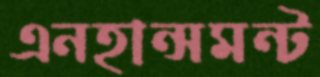
এনহান্সমন্ট